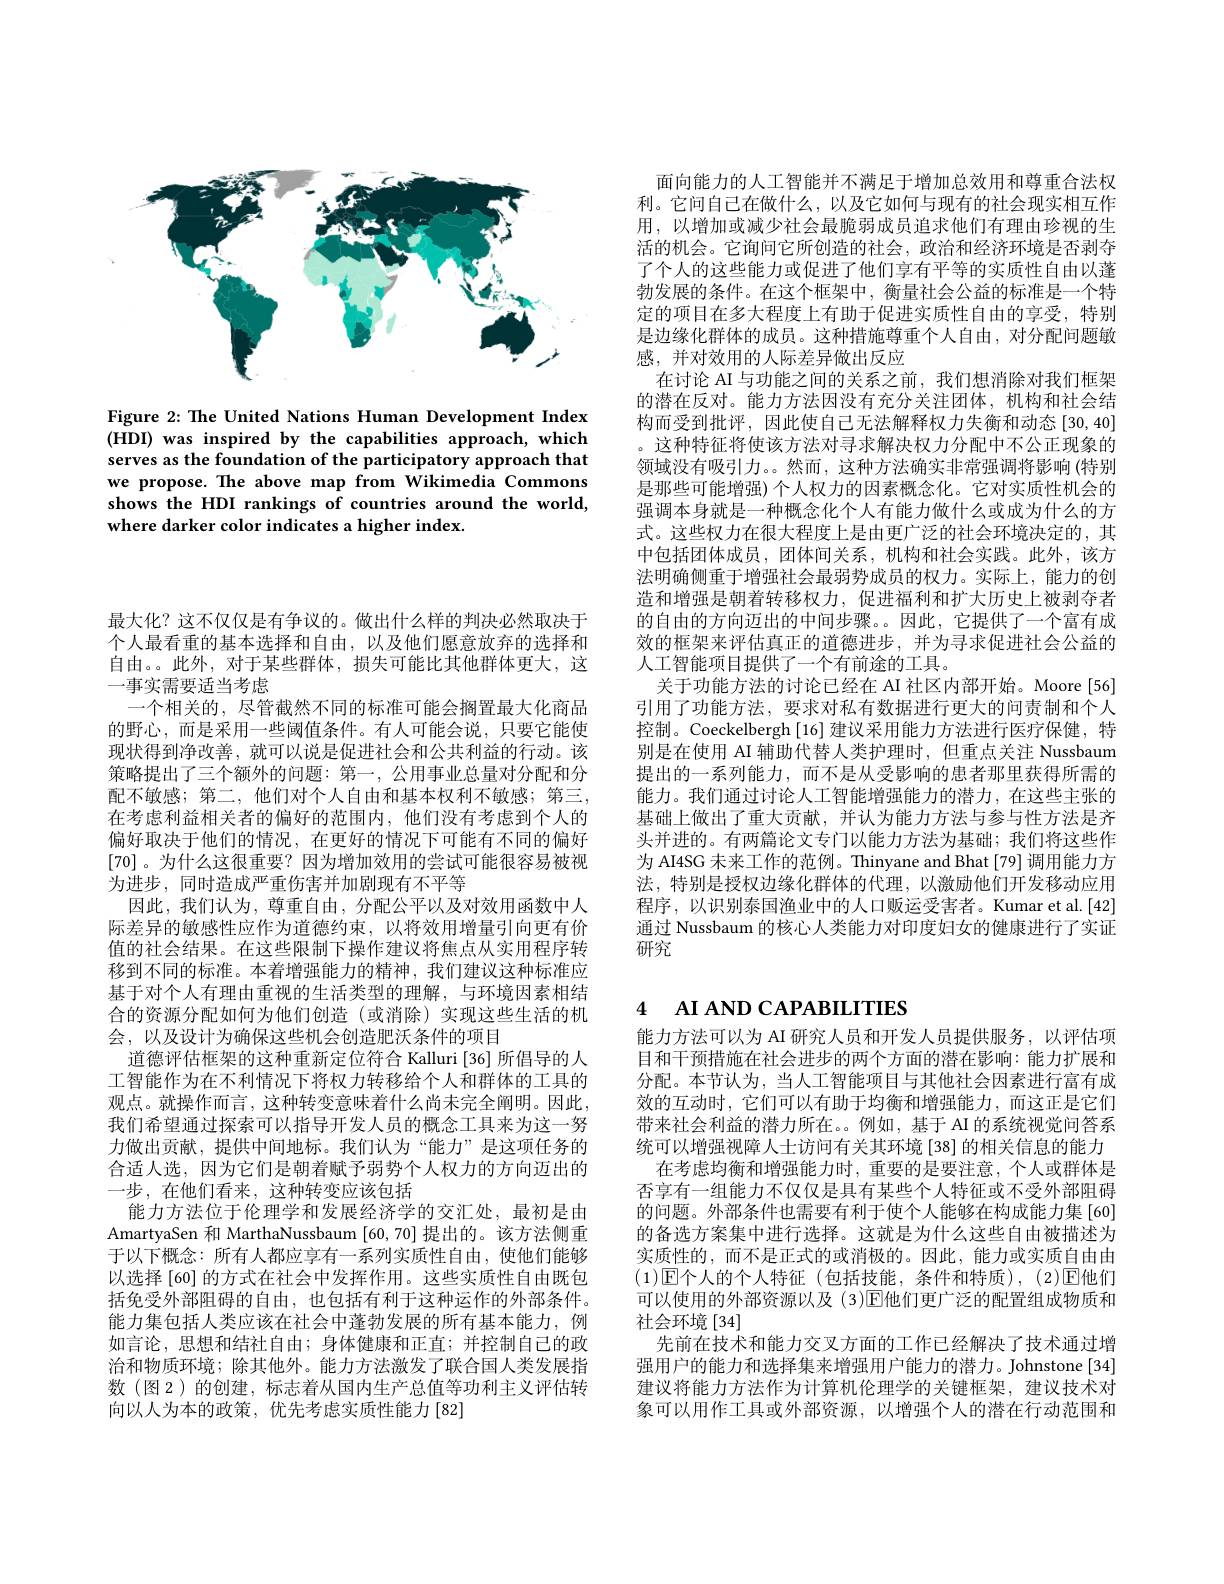
<FigureHere>

Figure 2: The United Nations Human Development Index (HDI) was inspired by the capabilities approach, which serves as the foundation of the participatory approach that we propose. The above map from Wikimedia Commons shows the HDI rankings of countries around the world, where darker color indicates a higher index.

最大化？这不仅仅是有争议的。做出什么样的判决必然取决于个人最看重的基本选择和自由，以及他们愿意放弃的选择和自由。。此外，对于某些群体，损失可能比其他群体更大，这一事实需要适当考虑
一个相关的，尽管截然不同的标准可能会搁置最大化商品的野心，而是采用一些阈值条件。有人可能会说，只要它能使现状得到净改善，就可以说是促进社会和公共利益的行动。该策略提出了三个额外的问题：第一，公用事业总量对分配和分配不敏感；第二，他们对个人自由和基本权利不敏感；第三， 在考虑利益相关者的偏好的范围内，他们没有考虑到个人的偏好取决于他们的情况，在更好的情况下可能有不同的偏好[70] 。为什么这很重要？因为增加效用的尝试可能很容易被视为进步，同时造成严重伤害并加剧现有不平等
因此，我们认为，尊重自由，分配公平以及对效用函数中人际差异的敏感性应作为道德约束，以将效用增量引向更有价值的社会结果。在这些限制下操作建议将焦点从实用程序转移到不同的标准。本着增强能力的精神，我们建议这种标准应基于对个人有理由重视的生活类型的理解，与环境因素相结合的资源分配如何为他们创造(或消除)实现这些生活的机会，以及设计为确保这些机会创造肥沃条件的项目
道德评估框架的这种重新定位符合 Kalluri [36]所倡导的人工智能作为在不利情况下将权力转移给个人和群体的工具的观点。就操作而言，这种转变意味着什么尚未完全阐明。因此， 我们希望通过探索可以指导开发人员的概念工具来为这一努力做出贡献，提供中间地标。我们认为“能力”是这项任务的合适人选，因为它们是朝着赋予弱势个人权力的方向迈出的一步，在他们看来，这种转变应该包括
能力方法位于伦理学和发展经济学的交汇处，最初是由AmartyaSen 和 MarthaNussbaum [60,70]提出的。该方法侧重于以下概念：所有人都应享有一系列实质性自由，使他们能够以选择 [60] 的方式在社会中发挥作用。这些实质性自由既包括免受外部阻碍的自由，也包括有利于这种运作的外部条件。能力集包括人类应该在社会中蓬勃发展的所有基本能力，例如言论，思想和结社自由；身体健康和正直；并控制自己的政治和物质环境；除其他外。能力方法激发了联合国人类发展指数 (图 2) 的创建，标志着从国内生产总值等功利主义评估转向以人为本的政策，优先考虑实质性能力[82]

面向能力的人工智能并不满足于增加总效用和尊重合法权利。它间自己在做什么，以及它如何与现有的社会现实相互作用，以增加或减少社会最脆弱成员追求他们有理由珍视的生活的机会。它询问它所创造的社会，政治和经济环境是否剥夺了个人的这些能力或促进了他们享有平等的实质性自由以蓬勃发展的条件。在这个框架中，衡量社会公益的标准是一个特定的项目在多大程度上有助于促进实质性自由的享受，特别是边缘化群体的成员。这种措施尊重个人自由，对分配问题敏感，并对效用的人际差异做出反应
在讨论 AI 与功能之间的关系之前，我们想消除对我们框架的潜在反对。能力方法因没有充分关注团体，机构和社会结构而受到批评，因此使自己无法解释权力失衡和动态[30,40] 。这种特征将使该方法对寻求解决权力分配中不公正现象的领域没有吸引力。。然而，这种方法确实非常强调将影响(特别是那些可能增强)个人权力的因素概念化。它对实质性机会的强调本身就是一种概念化个人有能力做什么或成为什么的方式。这些权力在很大程度上是由更广泛的社会环境决定的，其中包括团体成员，团体间关系，机构和社会实践。此外，该方法明确侧重于增强社会最弱势成员的权力。实际上，能力的创造和增强是朝着转移权力，促进福利和扩大历史上被剥夺者的自由的方向迈出的中间步骤。。因此，它提供了一个富有成效的框架来评估真正的道德进步，并为寻求促进社会公益的人工智能项目提供了一个有前途的工具。
关于功能方法的讨论已经在 AI 社区内部开始。Moore [56] 引用了功能方法，要求对私有数据进行更大的问责制和个人控制。Coeckelbergh[16] 建议采用能力方法进行医疗保健，特别是在使用 AI 辅助代替人类护理时，但重点关注 Nussbaum 提出的一系列能力，而不是从受影响的患者那里获得所需的能力。我们通过讨论人工智能增强能力的潜力，在这些主张的基础上做出了重大贡献，并认为能力方法与参与性方法是齐头并进的。有两篇论文专门以能力方法为基础；我们将这些作为 AI4SG 未来工作的范例。Thinyane and Bhat [79] 调用能力方法，特别是授权边缘化群体的代理，以激励他们开发移动应用程序，以识别泰国渔业中的人口贩运受害者。Kumar et al.[42] 通过 Nussbaum 的核心人类能力对印度妇女的健康进行了实证研究

# 4 AI AND CAPABILITIES

能力方法可以为 AI 研究人员和开发人员提供服务，以评估项目和干预措施在社会进步的两个方面的潜在影响：能力扩展和分配。本节认为，当人工智能项目与其他社会因素进行富有成效的互动时，它们可以有助于均衡和增强能力，而这正是它们带来社会利益的潜力所在。例如，基于 AI 的系统视觉问答系统可以增强视障人士访问有关其环境[38] 的相关信息的能力
在考虑均衡和增强能力时，重要的是要注意，个人或群体是否享有一组能力不仅仅是具有某些个人特征或不受外部阻碍的问题。外部条件也需要有利于使个人能够在构成能力集[60] 的备选方案集中进行选择。这就是为什么这些自由被描述为实质性的，而不是正式的或消极的。因此，能力或实质自由由$(1)\boxed{\mathrm{E}}$个人的个人特征(包括技能，条件和特质),(2)☑{E}他们可以使用的外部资源以及 (3)$\mathbb{E}$他们更广泛的配置组成物质和社会环境[34]
先前在技术和能力交叉方面的工作已经解决了技术通过增强用户的能力和选择集来增强用户能力的潜力。Johnstone[34] 建议将能力方法作为计算机伦理学的关键框架，建议技术对象可以用作工具或外部资源，以增强个人的潜在行动范围和